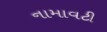
નામાવટી